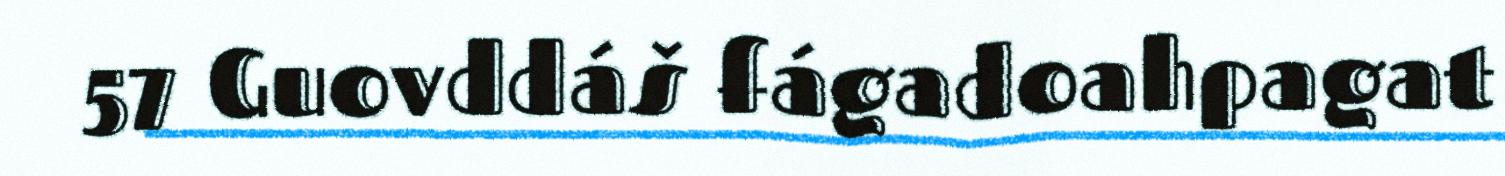
57 Guovddáš fágadoahpagat